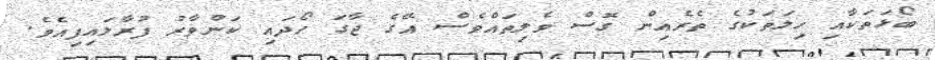
ބޯޅަތަކާއި ހިލަތަކުގެ ތެރެއިން ގޮސް ވެލިތައްވެސް އޭގެ ޖާގަ ހޯދައި ކަންވާރު ފުރާލައިފިއެވެ.